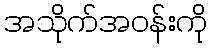
အသိုက်အဝန်းကို